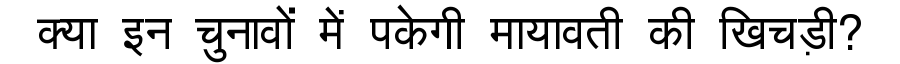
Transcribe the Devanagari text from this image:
क्या इन चुनावों में पकेगी मायावती की खिचड़ी?